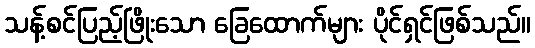
သန့်စင်ပြည့်ဖြိုးသော ခြေထောက်များ ပိုင်ရှင်ဖြစ်သည်။